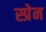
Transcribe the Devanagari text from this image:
स्प्रेन